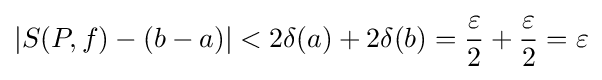
|S(P,f)-(b-a)|<2\delta (a)+2\delta (b)={\frac {\varepsilon }{2}}+{\frac {\varepsilon }{2}}=\varepsilon